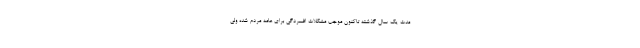
مدت یک سال گذشته تاکنون موجب مشکلات افسردگی برای عامه مردم شده ولی